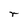
Character: r